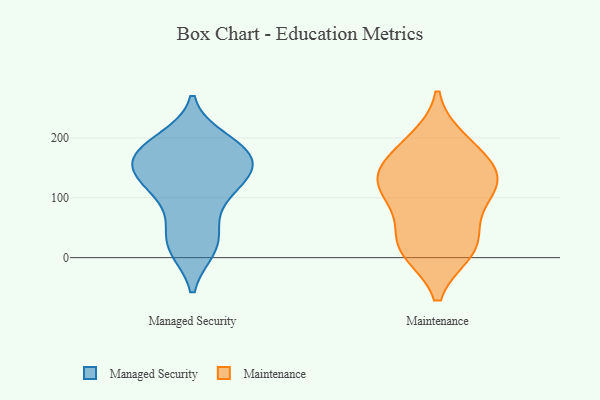
{"axis": {"x": "Net Income (USD K)", "y": "Value"}, "legend": ["Maintenance", "Managed Security"], "data": [{"x": "", "y": 118, "type": "Managed Security"}, {"x": "", "y": 188, "type": "Managed Security"}, {"x": "", "y": 172, "type": "Managed Security"}, {"x": "", "y": 17, "type": "Managed Security"}, {"x": "", "y": 139, "type": "Managed Security"}, {"x": "", "y": 186, "type": "Managed Security"}, {"x": "", "y": 137, "type": "Managed Security"}, {"x": "", "y": 157, "type": "Managed Security"}, {"x": "", "y": 15, "type": "Managed Security"}, {"x": "", "y": 107, "type": "Managed Security"}, {"x": "", "y": 183, "type": "Managed Security"}, {"x": "", "y": 141, "type": "Managed Security"}, {"x": "", "y": 112, "type": "Managed Security"}, {"x": "", "y": 167, "type": "Managed Security"}, {"x": "", "y": 16, "type": "Managed Security"}, {"x": "", "y": 197, "type": "Managed Security"}, {"x": "", "y": 158, "type": "Managed Security"}, {"x": "", "y": 64, "type": "Managed Security"}, {"x": "", "y": 43, "type": "Managed Security"}, {"x": "", "y": 125, "type": "Maintenance"}, {"x": "", "y": 96, "type": "Maintenance"}, {"x": "", "y": 16, "type": "Maintenance"}, {"x": "", "y": 44, "type": "Maintenance"}, {"x": "", "y": 115, "type": "Maintenance"}, {"x": "", "y": 17, "type": "Maintenance"}, {"x": "", "y": 132, "type": "Maintenance"}, {"x": "", "y": 127, "type": "Maintenance"}, {"x": "", "y": 194, "type": "Maintenance"}, {"x": "", "y": 181, "type": "Maintenance"}, {"x": "", "y": 158, "type": "Maintenance"}, {"x": "", "y": 12, "type": "Maintenance"}]}